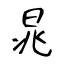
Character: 晁